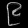
Digit: ၉